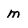
Character: m